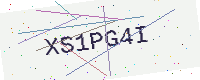
Text: XS1PG4I